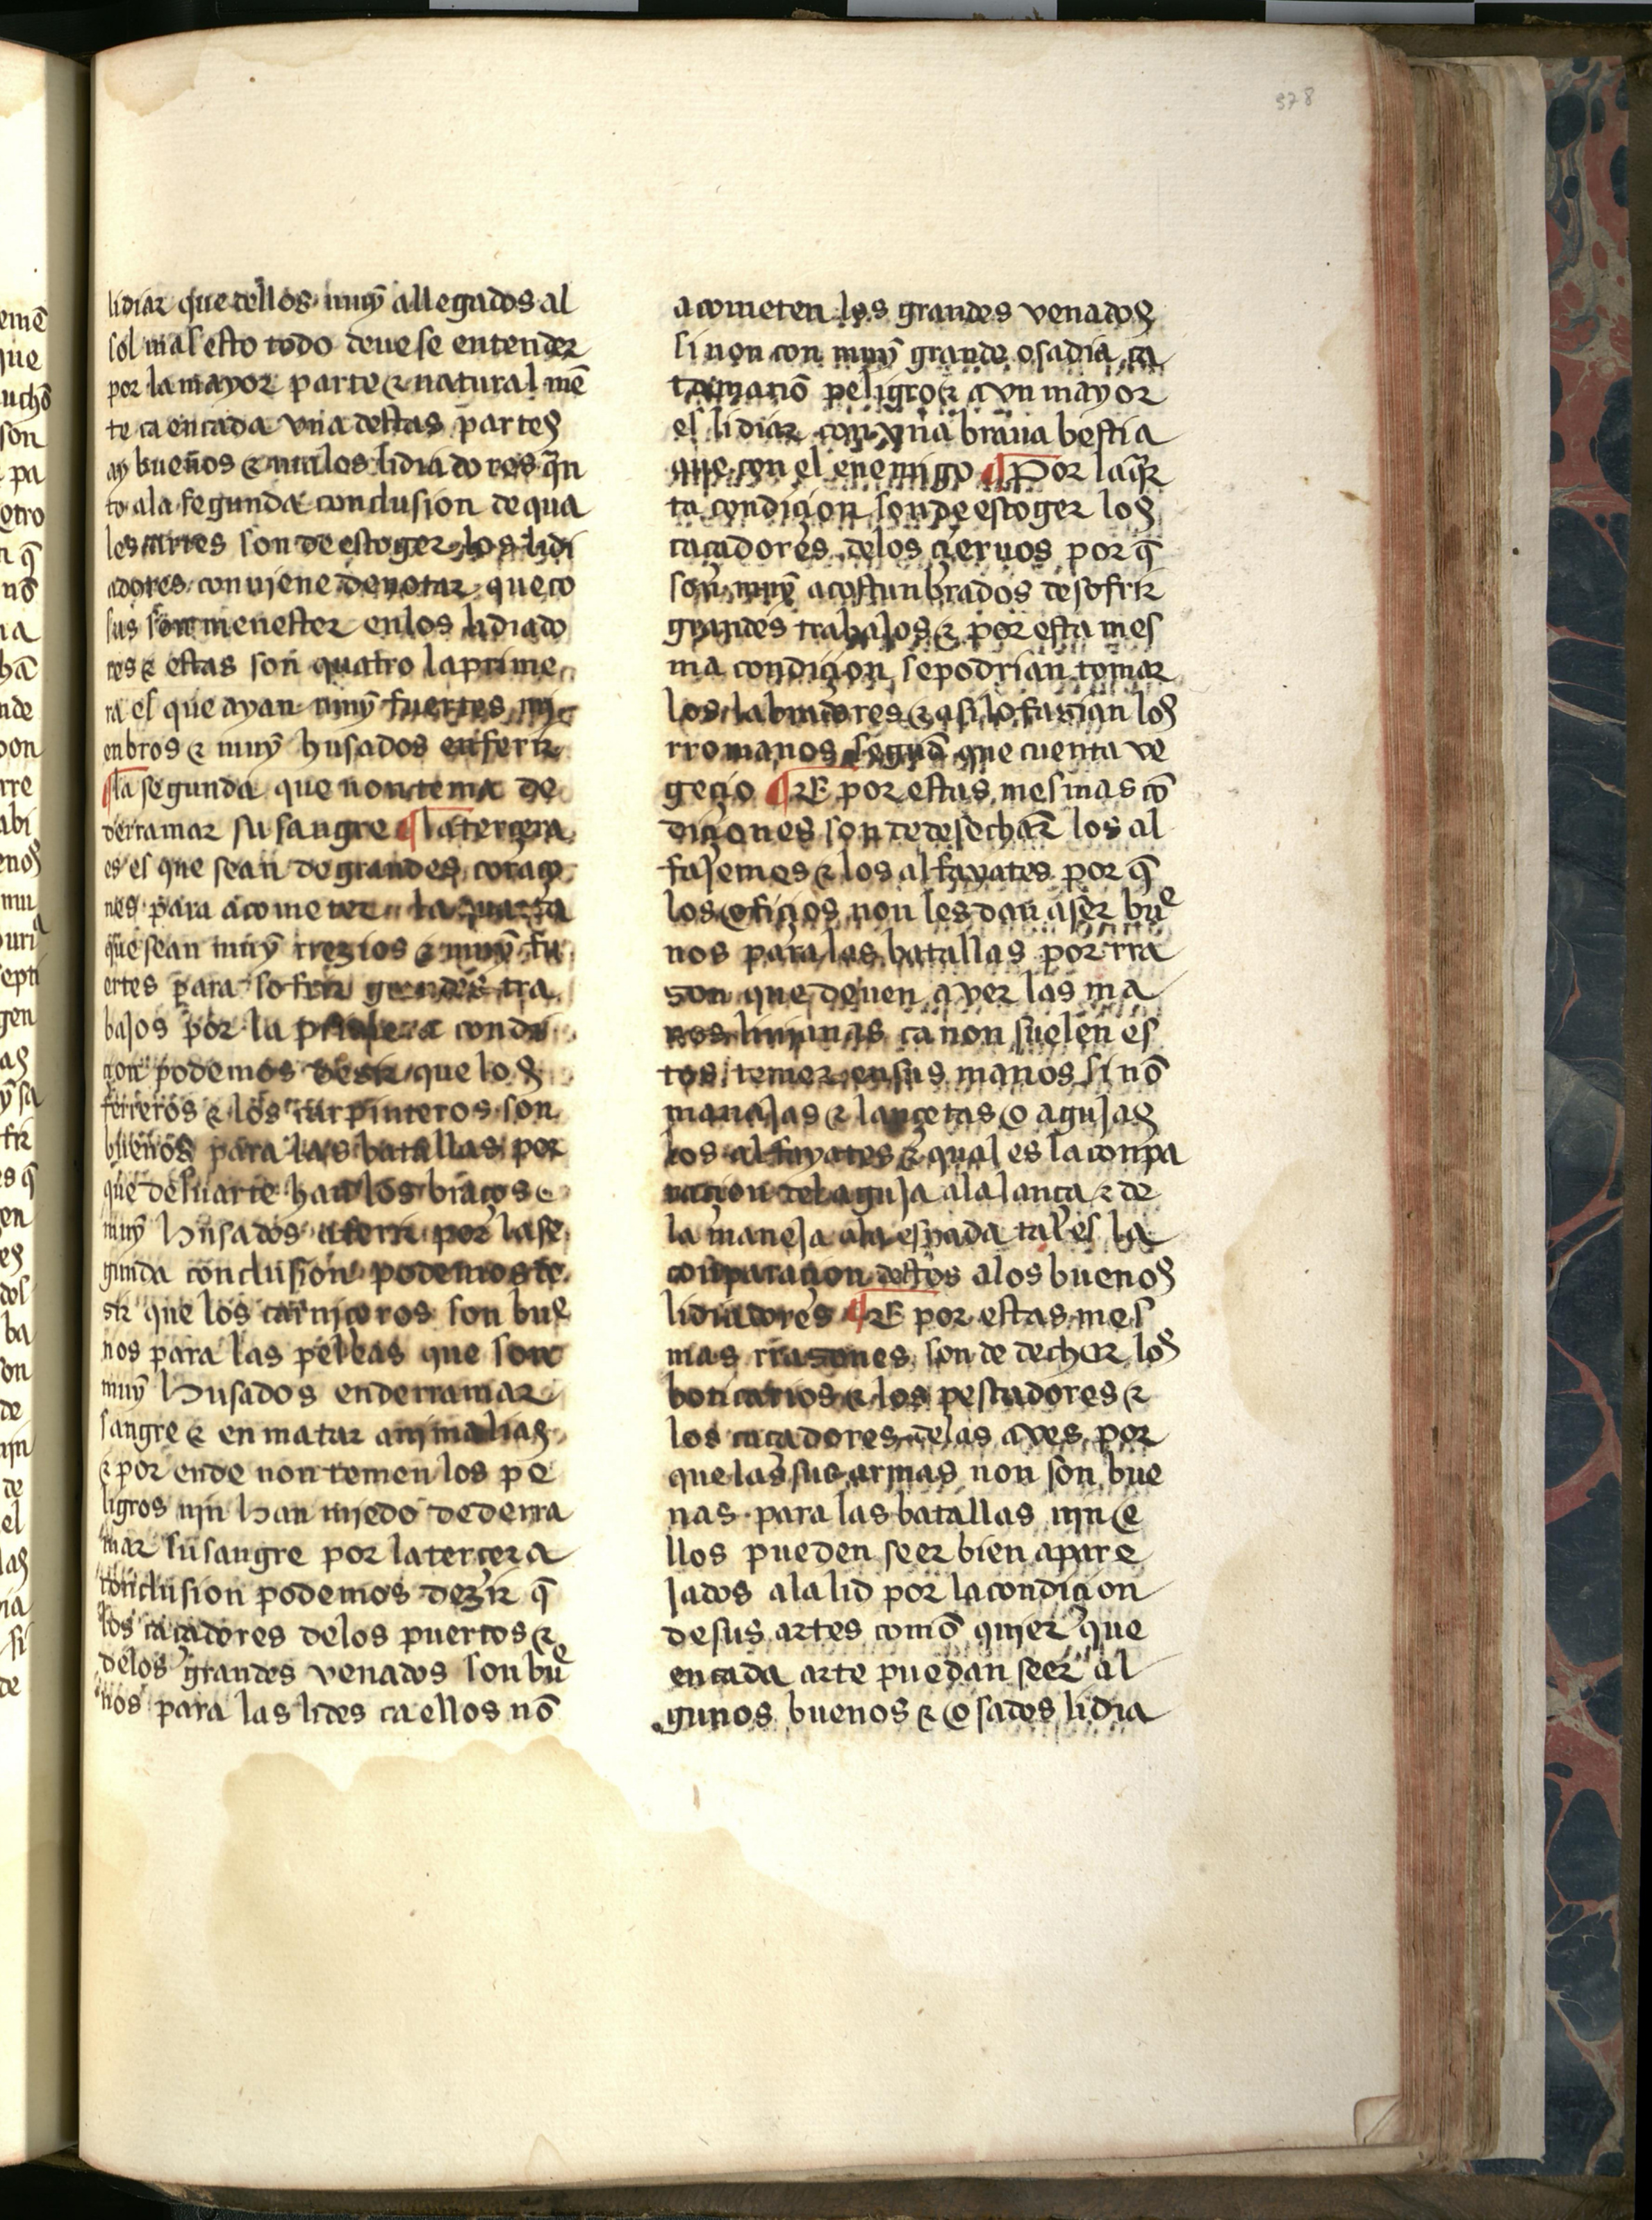
Shelfmark: Salamanca, Biblioteca Histórica USAL, 2709
Century: 15